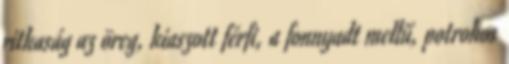
ritkaság az öreg, kiaszott férfi, a fonnyadt mellű, potrohos